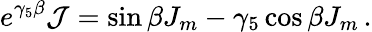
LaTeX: e^{\gamma_{5}\beta}{\cal J}=\sin\beta J_{m}-\gamma_{5}\cos\beta J_{m}\, .